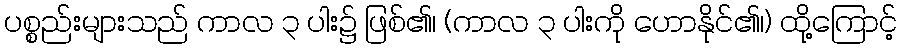
ပစ္စည်းများသည် ကာလ ၃ ပါး၌ ဖြစ်၏၊ (ကာလ ၃ ပါးကို ဟောနိုင်၏၊) ထို့ကြောင့်